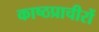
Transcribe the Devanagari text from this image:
काष्ठप्राचीरों